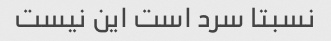
نسبتا سرد است این نیست